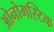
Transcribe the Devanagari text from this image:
ओनोमस्टिक